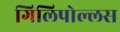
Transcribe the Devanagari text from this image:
गिलिपोल्लस